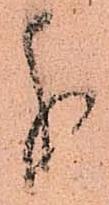
義